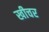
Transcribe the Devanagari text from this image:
खीचर